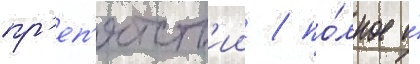
пр'еп'ятств'ии / по́лное и́